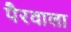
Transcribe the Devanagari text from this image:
पैरवाला